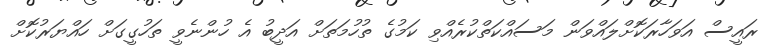
ރައީސް އަވަހާރަކޮށްލައްވަން މަސައްކަތްކުރެއްވި ކަމުގެ ތުހުމަތަށް އަދީބު އެ ހުންނެވީ ތަހުގީގަށް ހައްޔަރުކޮށް